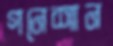
গনেশান